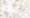
ربما